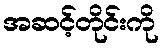
အဆင့်တိုင်းကို